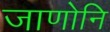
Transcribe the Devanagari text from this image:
जाणोनि